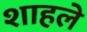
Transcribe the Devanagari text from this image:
शाहले